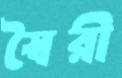
স্বৈরী